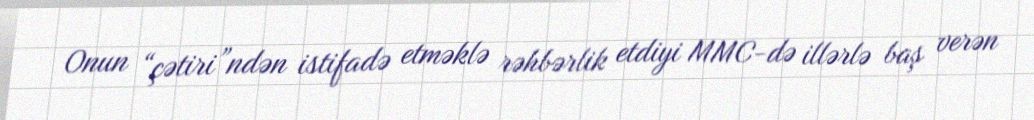
Onun “çətiri”ndən istifadə etməklə rəhbərlik etdiyi MMC-də illərlə baş verən